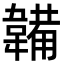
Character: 韛